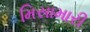
મિસામારી